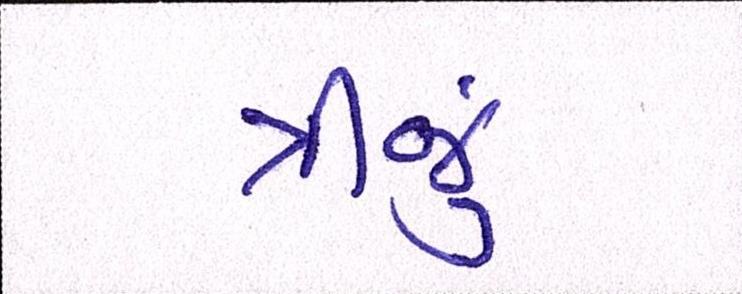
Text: ત્રીજું